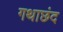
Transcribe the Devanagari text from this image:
गथाछंद